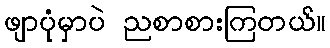
ဖျာပုံမှာပဲ ညစာစားကြတယ်။